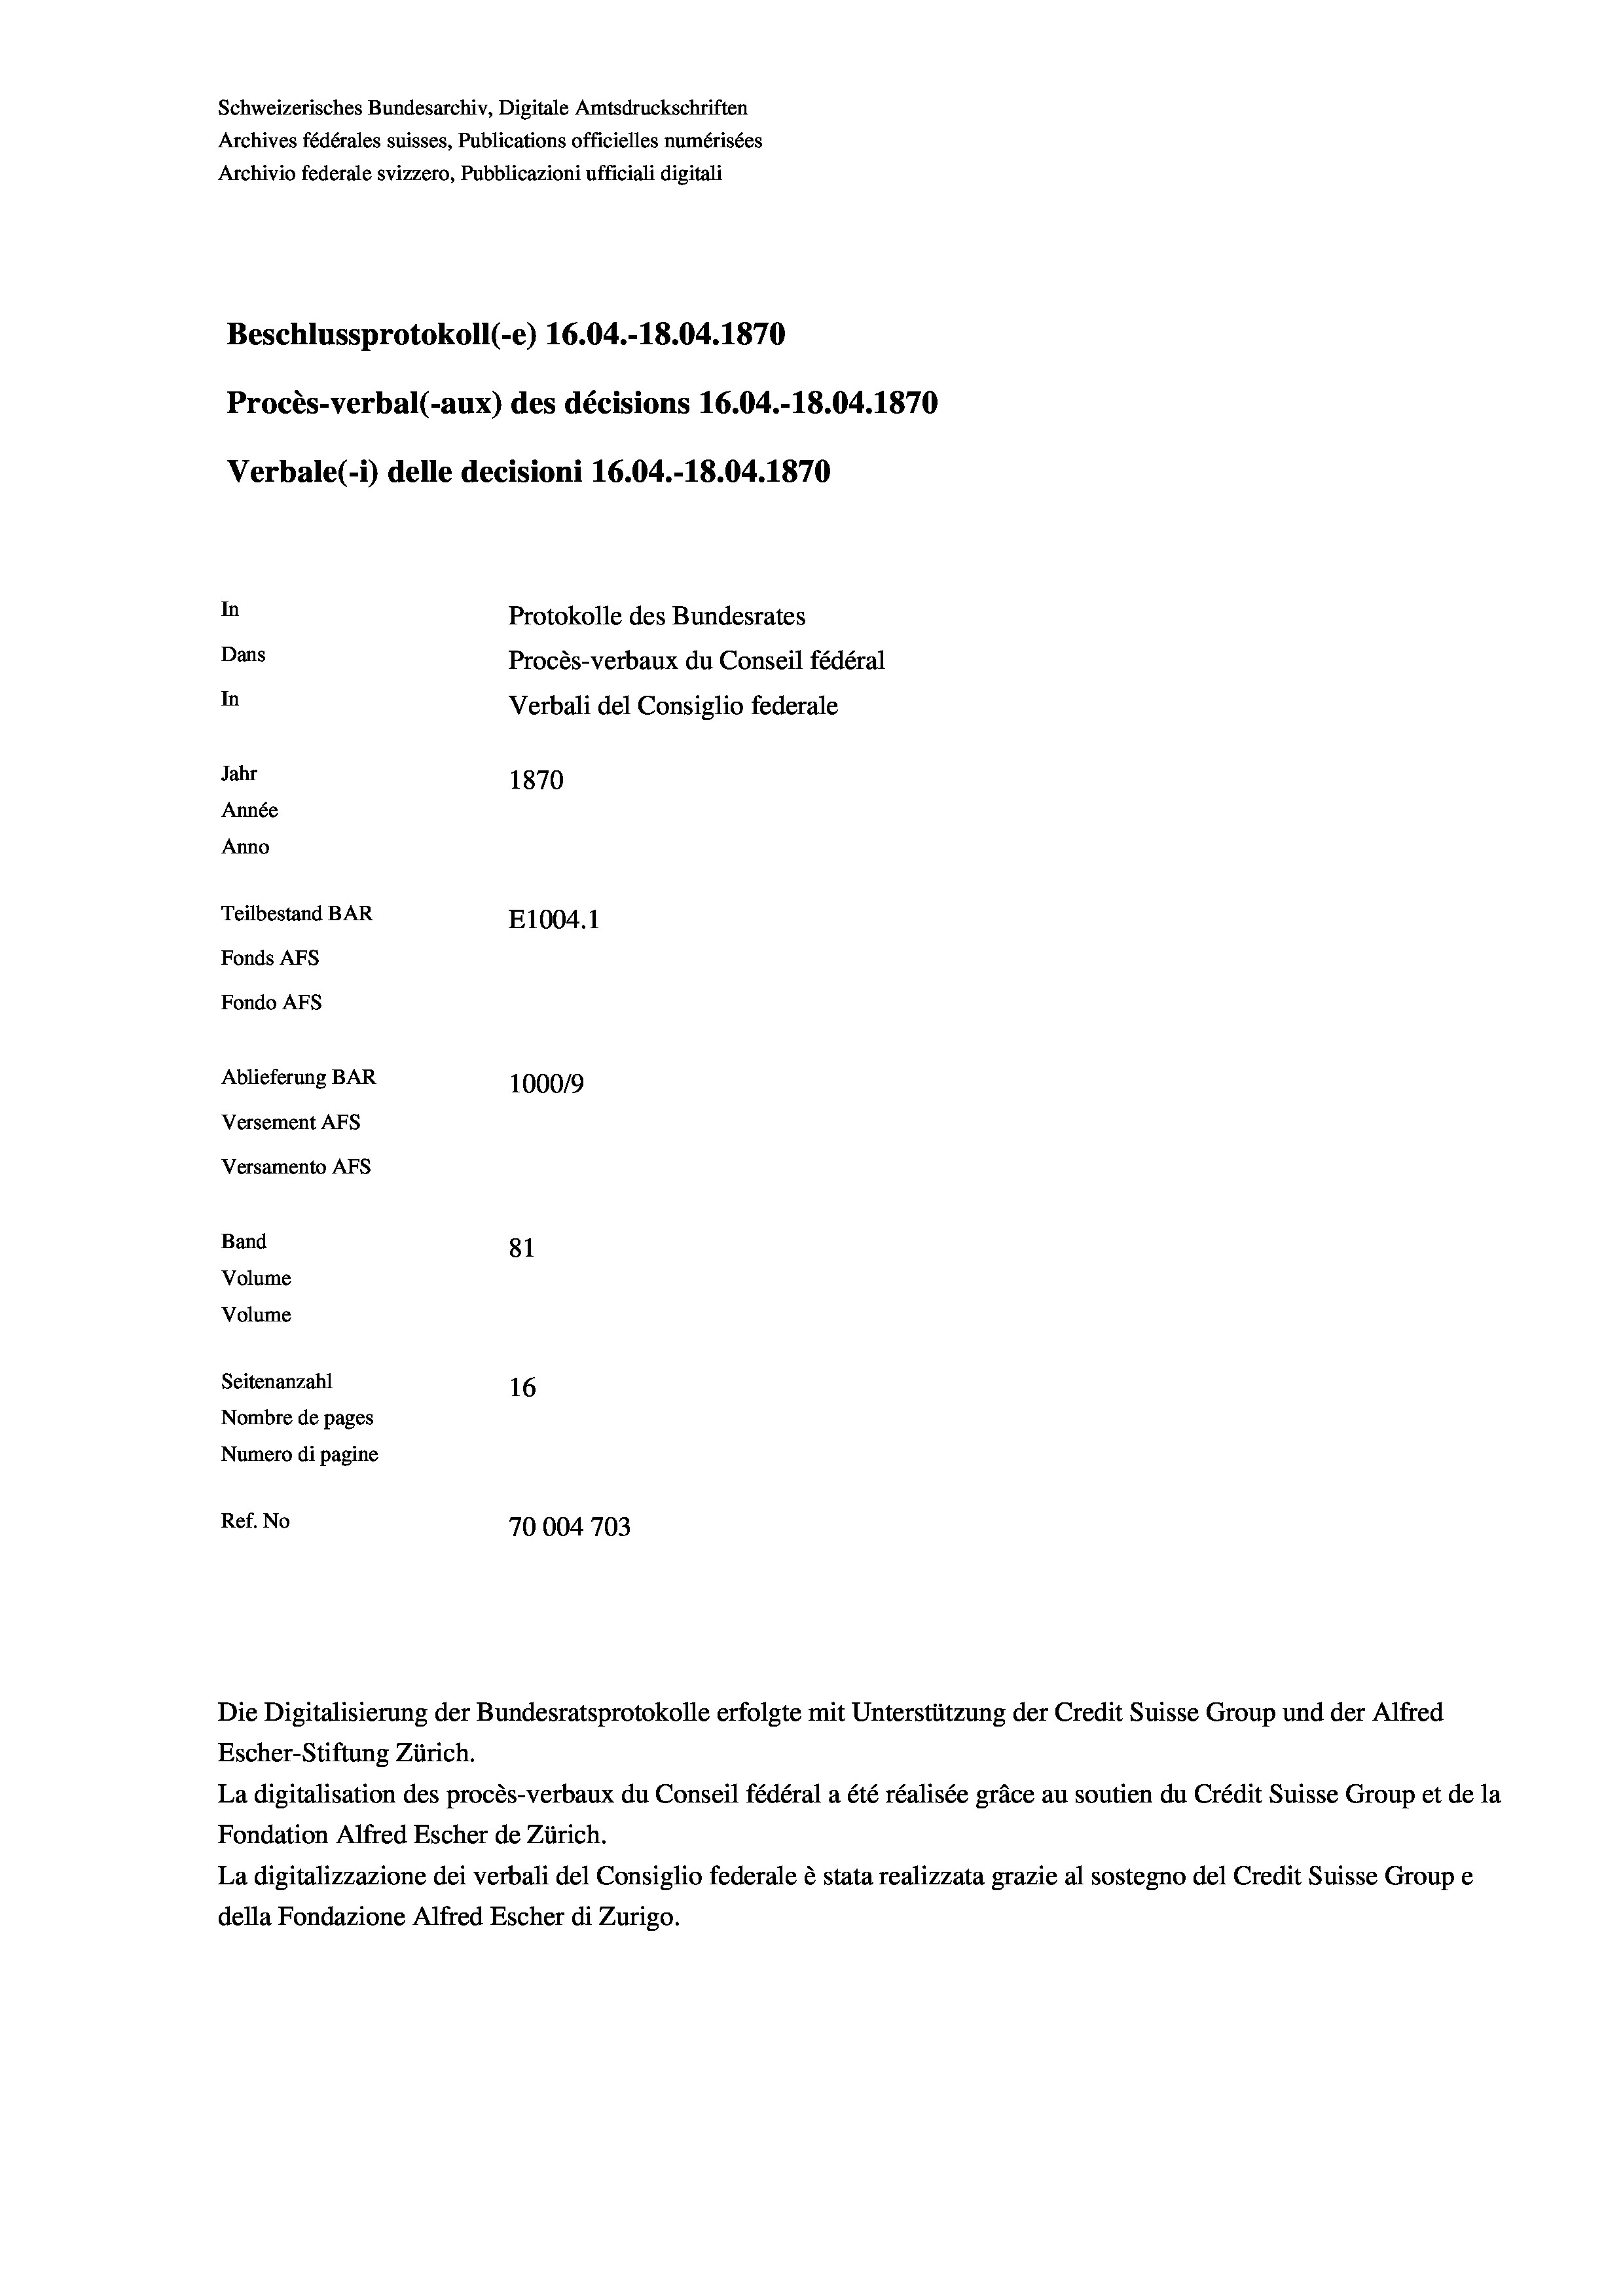
Schweizerisches Bundesarchiv, Digitale Amtsdruckschriften
Archives fédérales suisses, Publications officielles numérisées
Archivio federale svizzero, Pubblicazioni ufficiali digitali
Beschlussprotokoll (-e) 16.04.-18.04. 1870
Procès-verbal (-aux) des décisions 16.04.-18.04.1870
Verbale(-*) delle decisioni 16.04.-18.04. 1870
In
Protokolle des Bundesrates
Dans
Procès-verbaux du Conseil fédéral
In
Verbali del Consiglio federale
Jahr
1870
Année
Anno
Teilbestand BAR
E1004. 1
Fonds AFs
Fondo AFS
Ablieferung BAR
100019
Versement AFs
Versamento AFs
Band
81
Volume
Volume

Seitenanzahl
16
Nombre de pages
Numero di pagine
Ref. No
70004703

Escher-Stiftung Zürich.
La digitalisation des procès-verbaux du Conseil fédéral a été réalisée gräce au soutien du Crédit Suisse Group et de la
Fondation Alfred Escher de Zürich.
La digitalizzazione dei verbali del Consiglio federale è stata realizzata grazie al sostegno del Credit Suisse Groupe
della Fondazione Alfred Escher di Zurigo.

Die Digitalisierung der Bundesratsprotokolle erfolgte mit Unterstützung der Credit Suisse Group und der Alfred